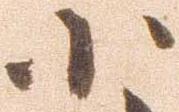
小